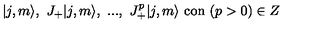
| j , m \rangle , \ J _ { + } | j , m \rangle , \ . . . , \ J _ { + } ^ { p } | j , m \rangle \ \mathrm { c o n } \ ( p > 0 ) \in Z